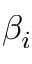
\beta _ { i }